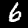
Label: 6